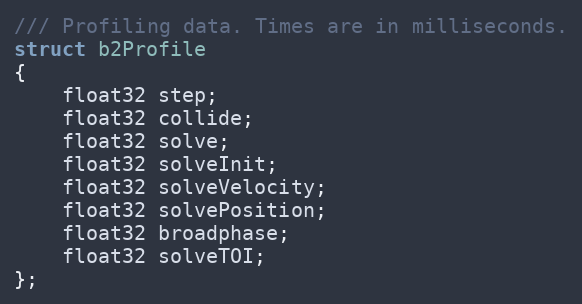
Language: C
/// Profiling data. Times are in milliseconds.
struct b2Profile
{
	float32 step;
	float32 collide;
	float32 solve;
	float32 solveInit;
	float32 solveVelocity;
	float32 solvePosition;
	float32 broadphase;
	float32 solveTOI;
};